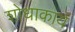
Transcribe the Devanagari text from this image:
शोधाकार्य